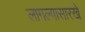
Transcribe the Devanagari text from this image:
लागल्यासारखे